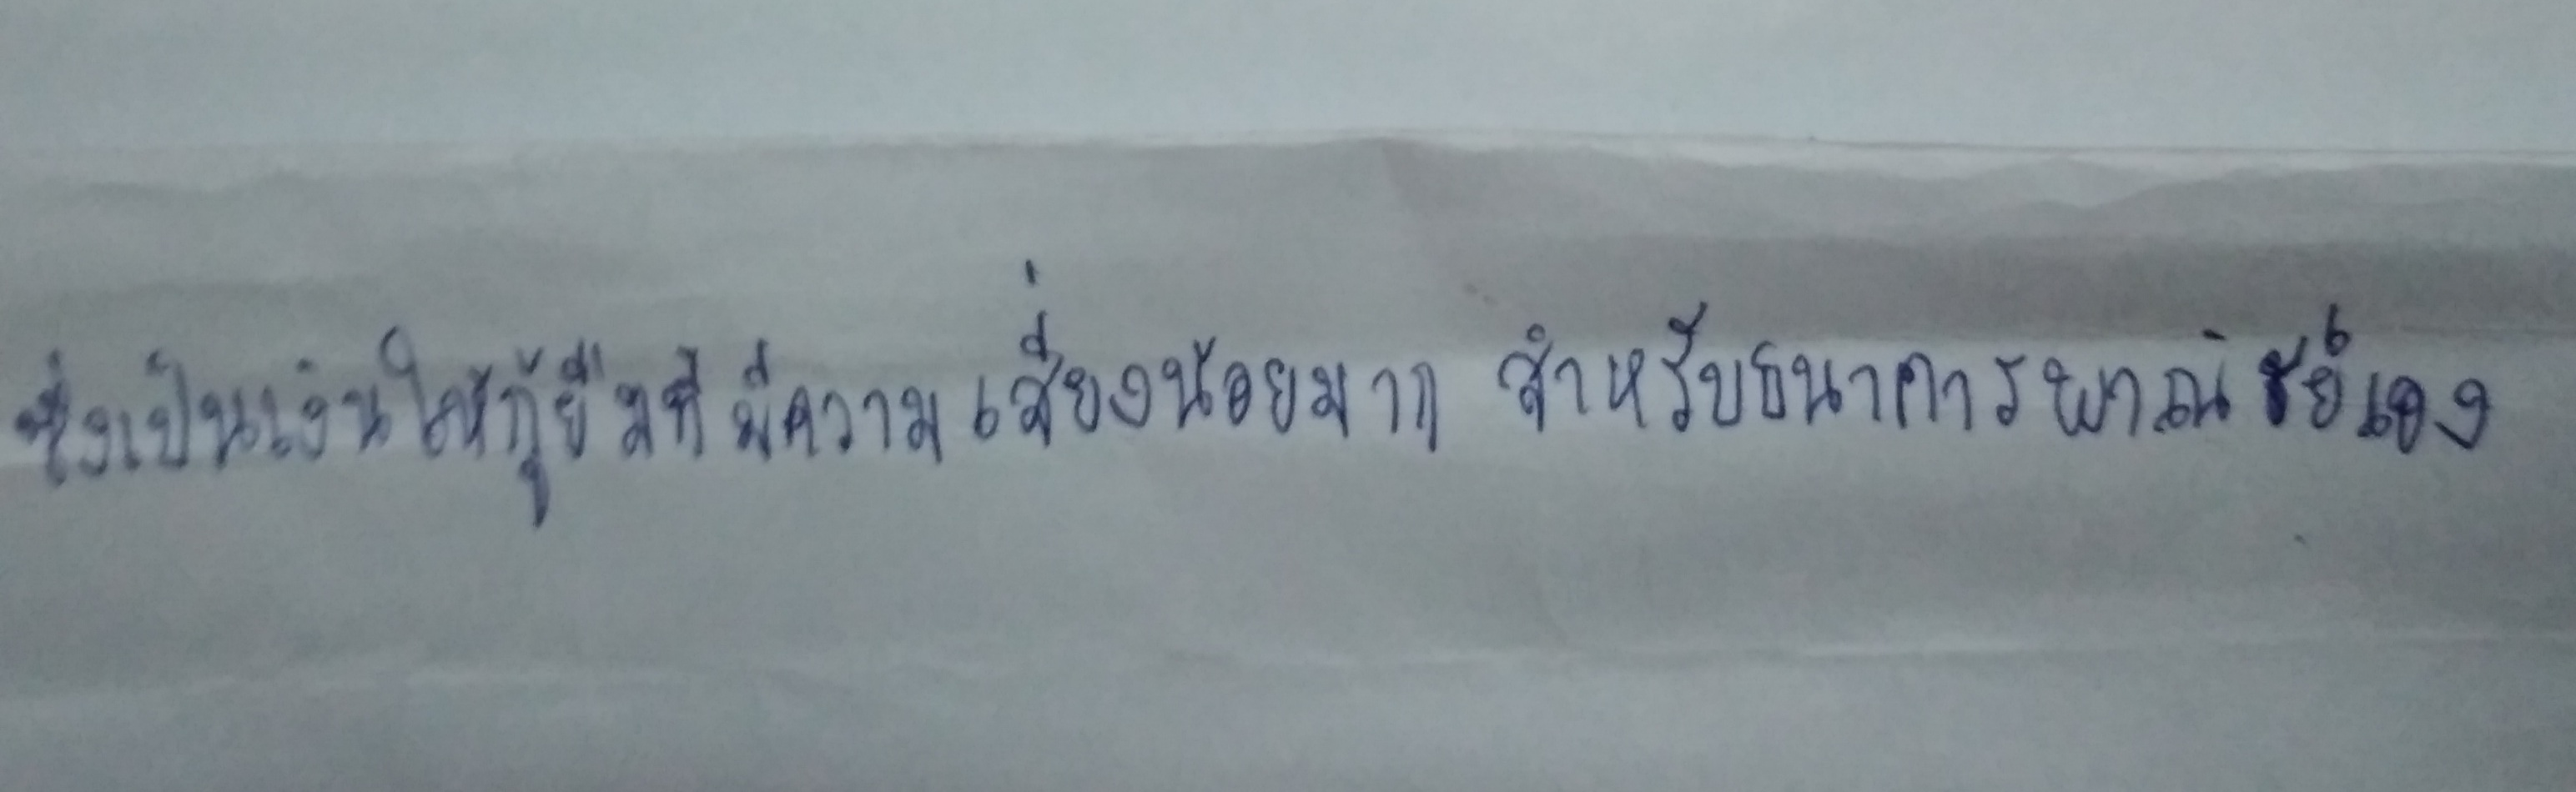
ซึ่งเป็นเงินให้กู้ยืมที่มีความเสี่ยงน้อยมากสำหรับธนาคารพาณิชย์เอง